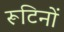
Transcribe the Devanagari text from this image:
रूटिनों